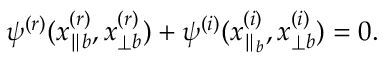
\psi ^ { ( r ) } ( x _ { \parallel b } ^ { ( r ) } , x _ { \perp b } ^ { ( r ) } ) + \psi ^ { ( i ) } ( x _ { \parallel _ { b } } ^ { ( i ) } , x _ { \perp b } ^ { ( i ) } ) = 0 .